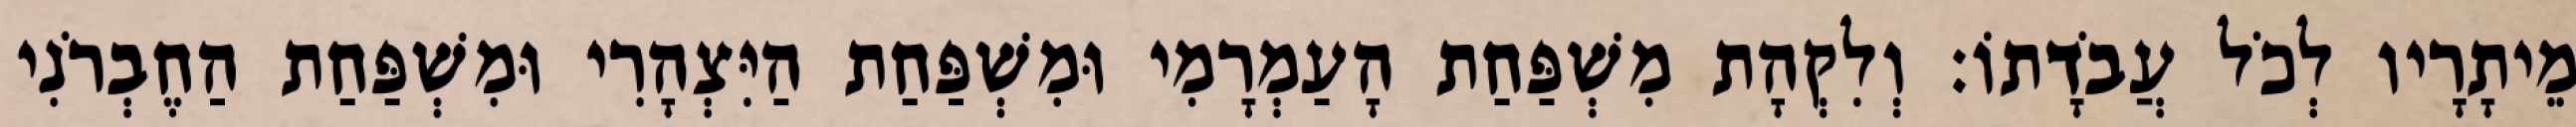
מֵיתָרָיו לְכֹל עֲבֹדָתוֹ׃ וְלִקְהָת מִשְׁפַּחַת הָעַמְרָמִי וּמִשְׁפַּחַת הַיִּצְהָרִי וּמִשְׁפַּחַת הַחֶבְרֹנִי